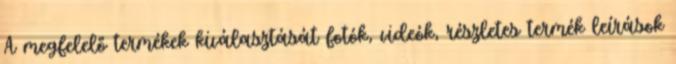
A megfelelő termékek kiválasztását fotók, videók, részletes termék leírások